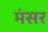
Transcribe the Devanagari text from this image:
मंसर